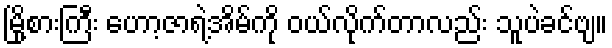
မြို့စားကြီး ဟော့ဇာရဲ့အိမ်ကို ဝယ်လိုက်တာလည်း သူပဲခင်ဗျ။